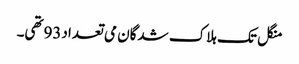
منگل تک ہلاک شدگان می تعداد93تھی۔